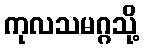
ကုလသမဂ္ဂသို့